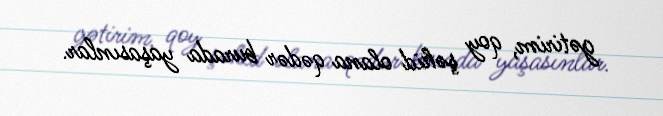
gətirim, qoy şəhid olana qədər burada yaşasınlar.